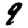
Digit: 9